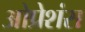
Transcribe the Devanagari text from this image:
ओप्रेशंस